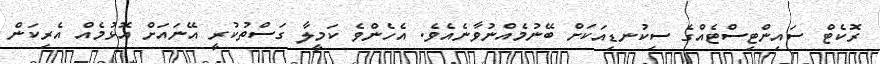
ރޮކެޓް ސައިންޓިސްޓެއްގެ ސިކުނޑިއަކަށް ބޭނުމެއްނުވާނެއެވެ. އެހެންވެ ކަމީލާ ގަސްތުކުރީ އޭނައަށް އޮޅުމެއް އެރިކަން